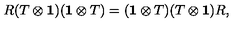
R ( T \otimes { \bf 1 } ) ( { \bf 1 } \otimes T ) = ( { \bf 1 } \otimes T ) ( T \otimes { \bf 1 } ) R , \,